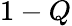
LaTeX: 1-Q